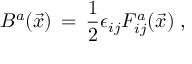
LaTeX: B ^ { a } ( \vec { x } ) \, = \, \frac { 1 } { 2 } \epsilon _ { i j } F _ { i j } ^ { a } ( \vec { x } ) \; ,